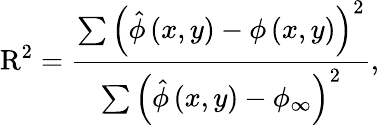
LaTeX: \mathrm{R}^{2}=\frac{\sum\left(\hat{\phi}\left(x,y\right)-\phi\left(x,y\right)\right)^{2}}{\sum\left(\hat{\phi}\left(x,y\right)-\phi_{\infty}\right)^{2}},